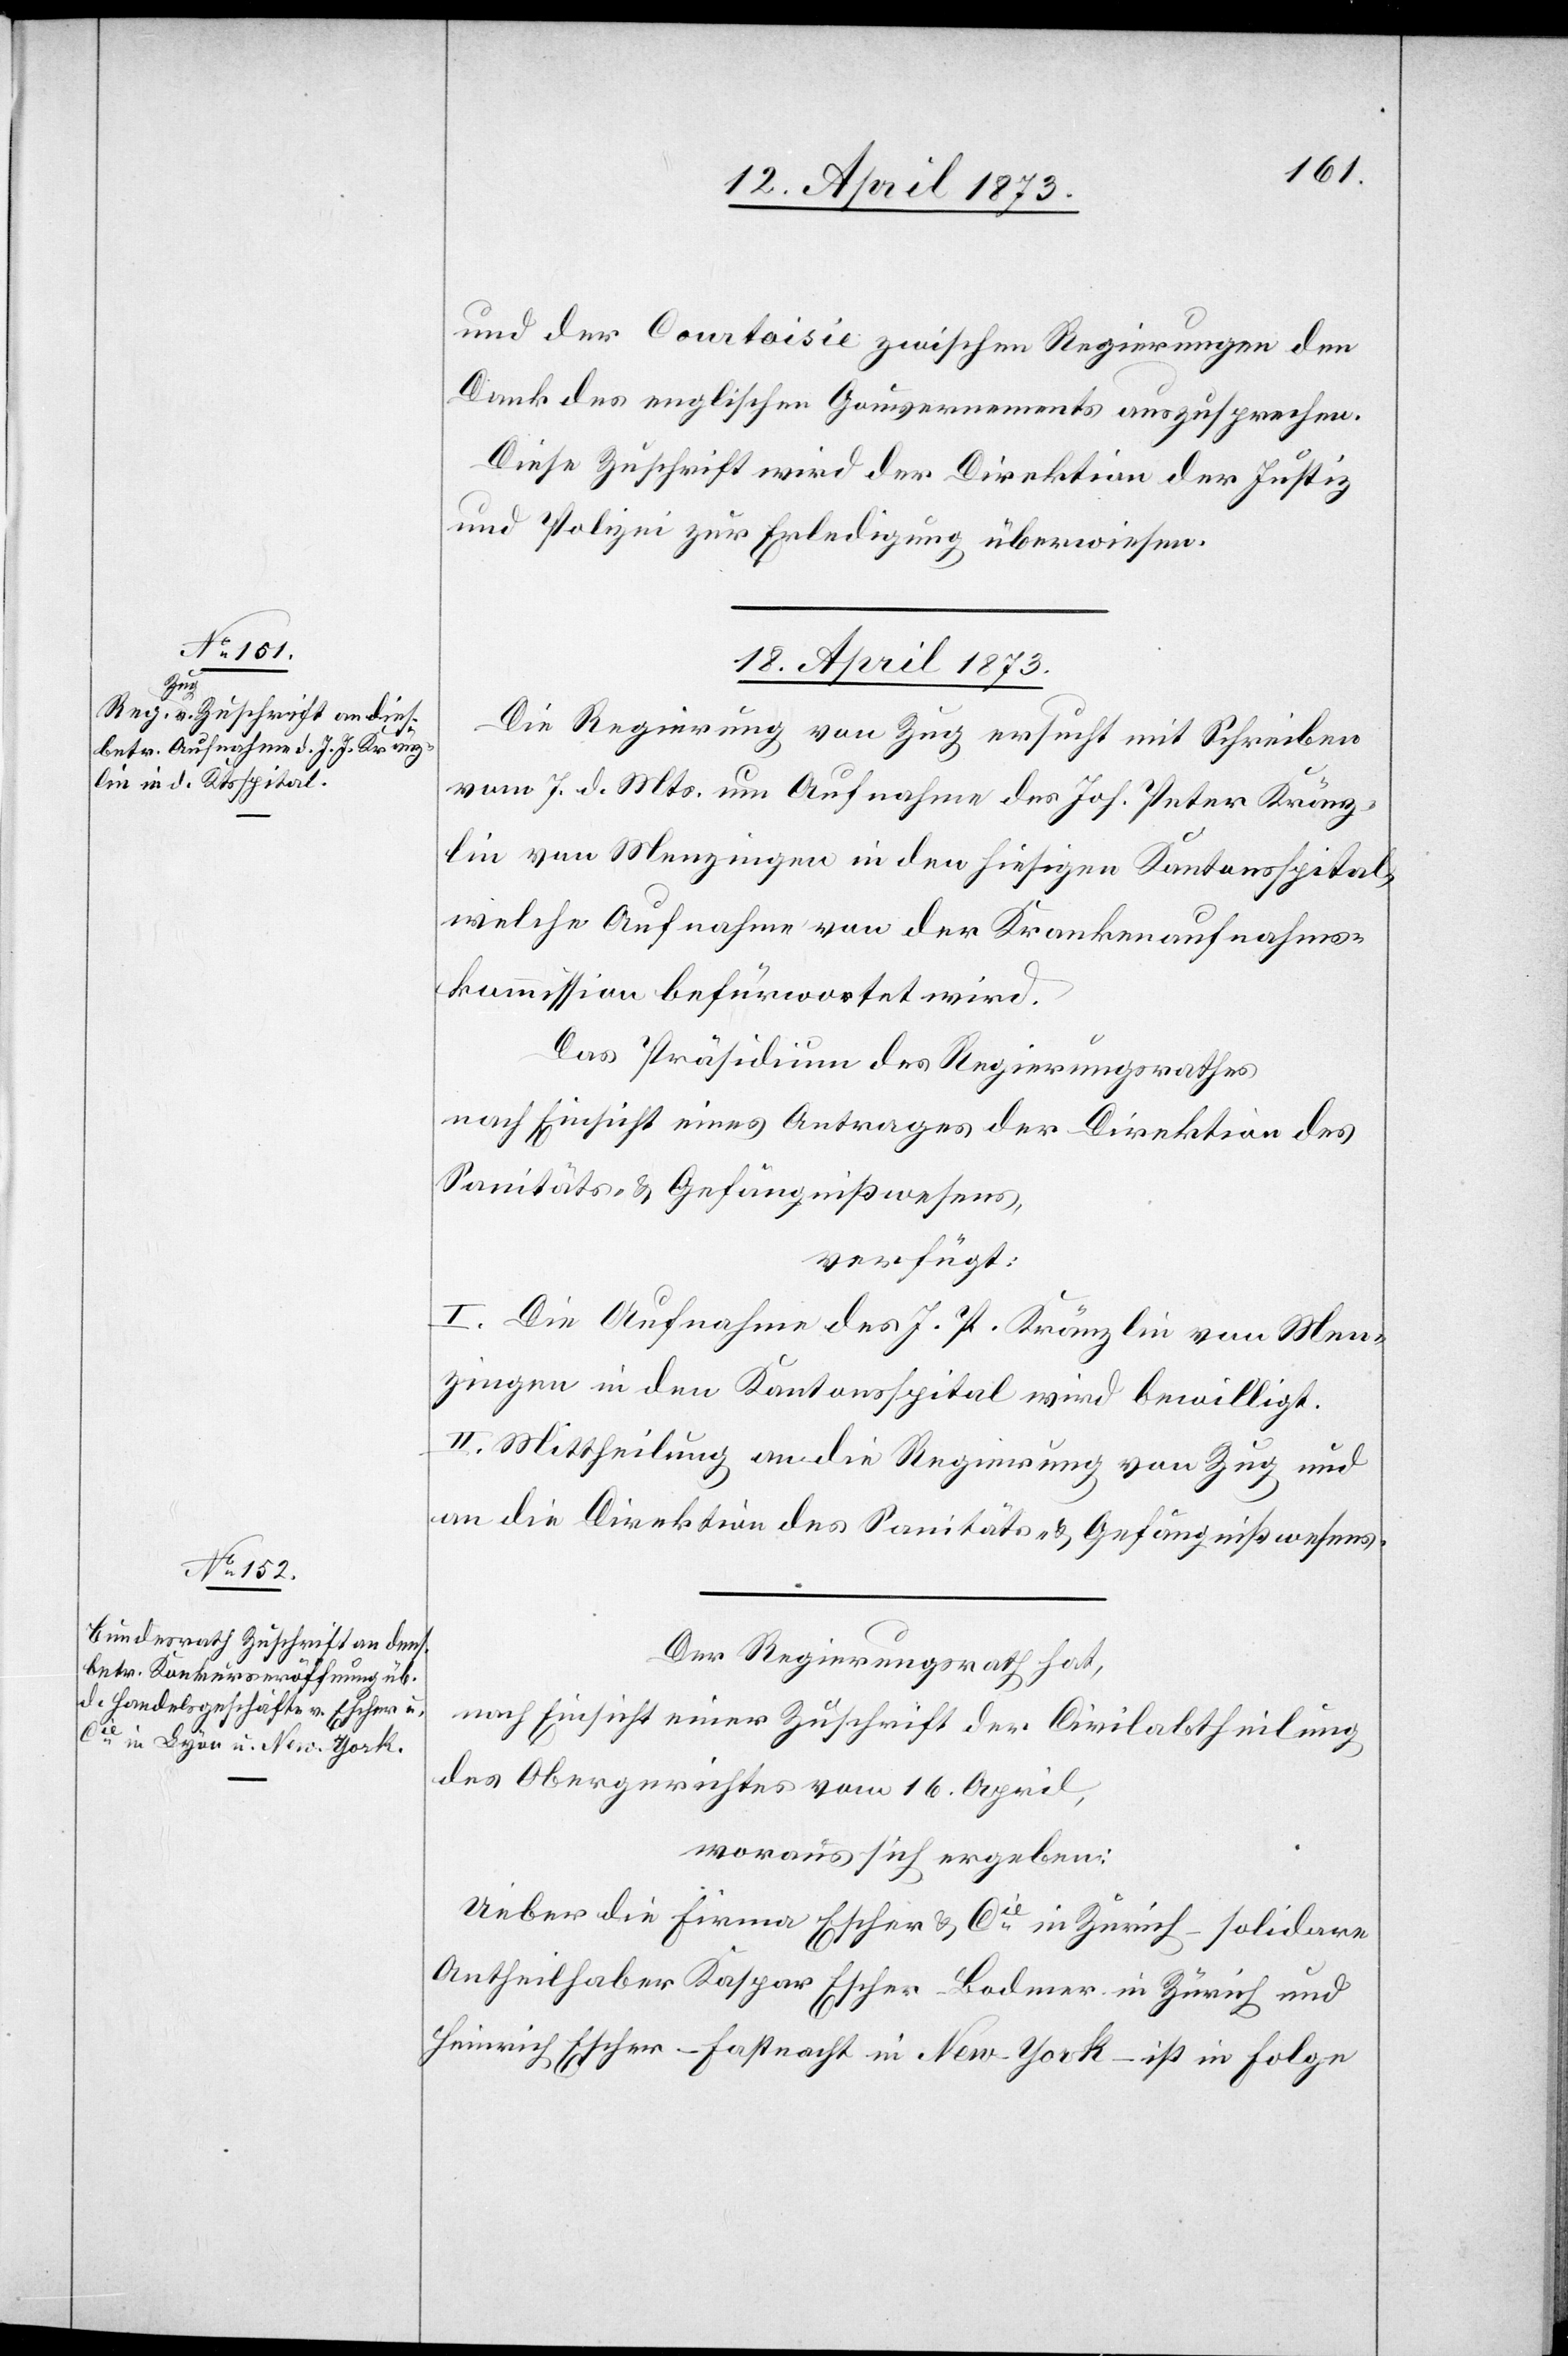
und der Courtoisie zwischen Regierungen den
Dank des englischen Gouvernements auszusprechen.
Diese Zuschrift wird der Direktion der Justiz
und Polizei zur Erledigung überwiesen.
18. April 1873.]
Die Regierung von Zug ersucht mit Schreiben
vom 7. d. Mts. um Aufnahme des Joh. Peter Kränz¬
lin von Menzingen in den hiesigen Kantonsspital,
welche Aufnahme von der Krankenaufnahms¬
kommission befürwortet wird.
Das Präsidium des Regierungsrathes
nach Einsicht eines Antrages der Direktion des
Sanitäts- & Gefängnißwesens,
verfügt:
I. Die Aufnahme des J. P. Kränzlin von Men¬
zingen in den Kantonsspital wird bewilligt.
II. Mittheilung an die Regierung von Zug und
an die Direktion des Sanitäts- & Gefängnißwesens.
Der Regierungsrath hat,
nach Einsicht einer Zuschrift der Civilabtheilung
des Obergerichtes vom 16. April
woraus sich ergeben:
Ueber die Firma Escher & Cie in Zürich – solidare
Antheilhaber Kaspar Escher-Bodmer in Zürich und
Heinrich Escher-Fastnacht in New-York – ist in Folge